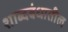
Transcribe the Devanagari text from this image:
शाब्दबंधातील